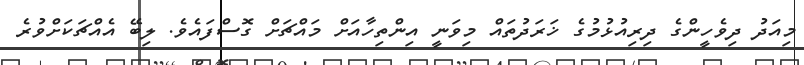
މިއަދު ދިވެހީންގެ ދިރިއުޅުމުގެ ޚަރަދުތައް މިވަނީ އިންތިހާއަށް މައްޗަށް ގޮސްފައެވެ. ލިބޭ އެއްޗަކަށްވުރެ